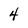
Character: 4